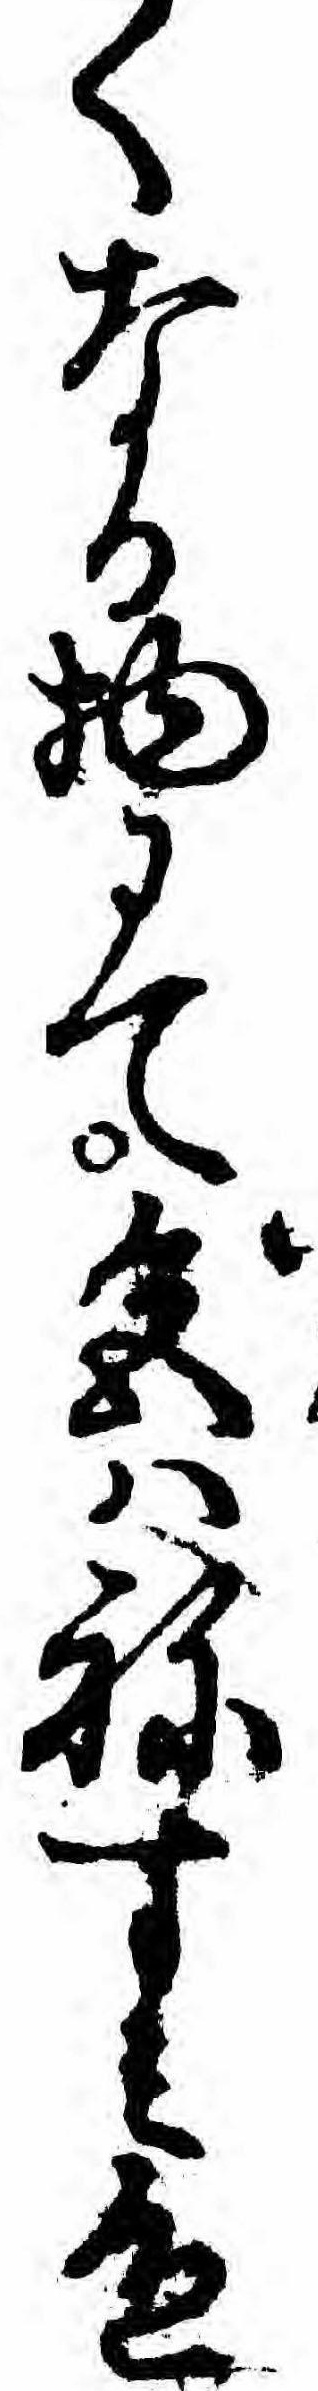
くなる物にて色ハねすミ色